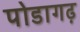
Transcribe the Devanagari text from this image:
पोडागढ़